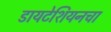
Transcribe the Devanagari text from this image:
डायटेशियनचा